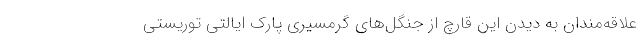
علاقه‌مندان به دیدن این قارچ از جنگل‌های گرمسیری پارک ایالتی توریستی